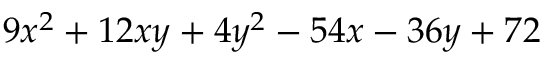
9 x ^ { 2 } + 1 2 x y + 4 y ^ { 2 } - 5 4 x - 3 6 y + 7 2